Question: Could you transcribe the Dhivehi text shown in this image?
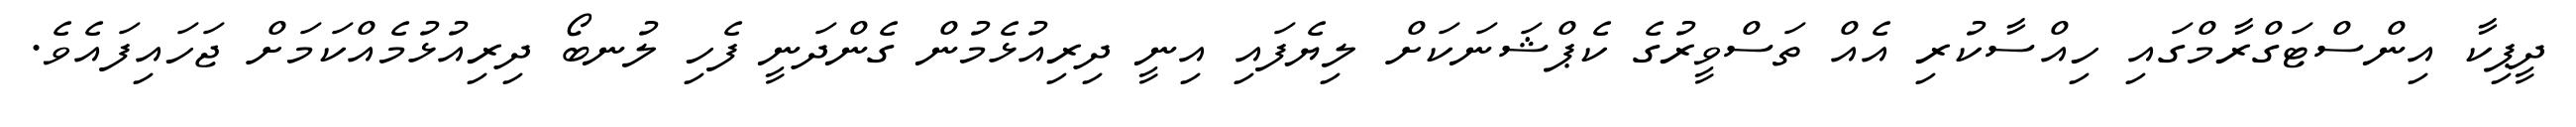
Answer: ދީޕިކާ އިންސްޓަގްރާމްގައި ހިއްސާކުރި އެއް ތަސްވީރުގެ ކެޕްޝަނަކަށް ލިޔެފައި އިނީ ދިރިއުޅެމުން ގެންދަނީ ފެހި ލުނބޯ ދިރިއުޅުމެއްކަމަށް ޖަހައިފައެވެ.